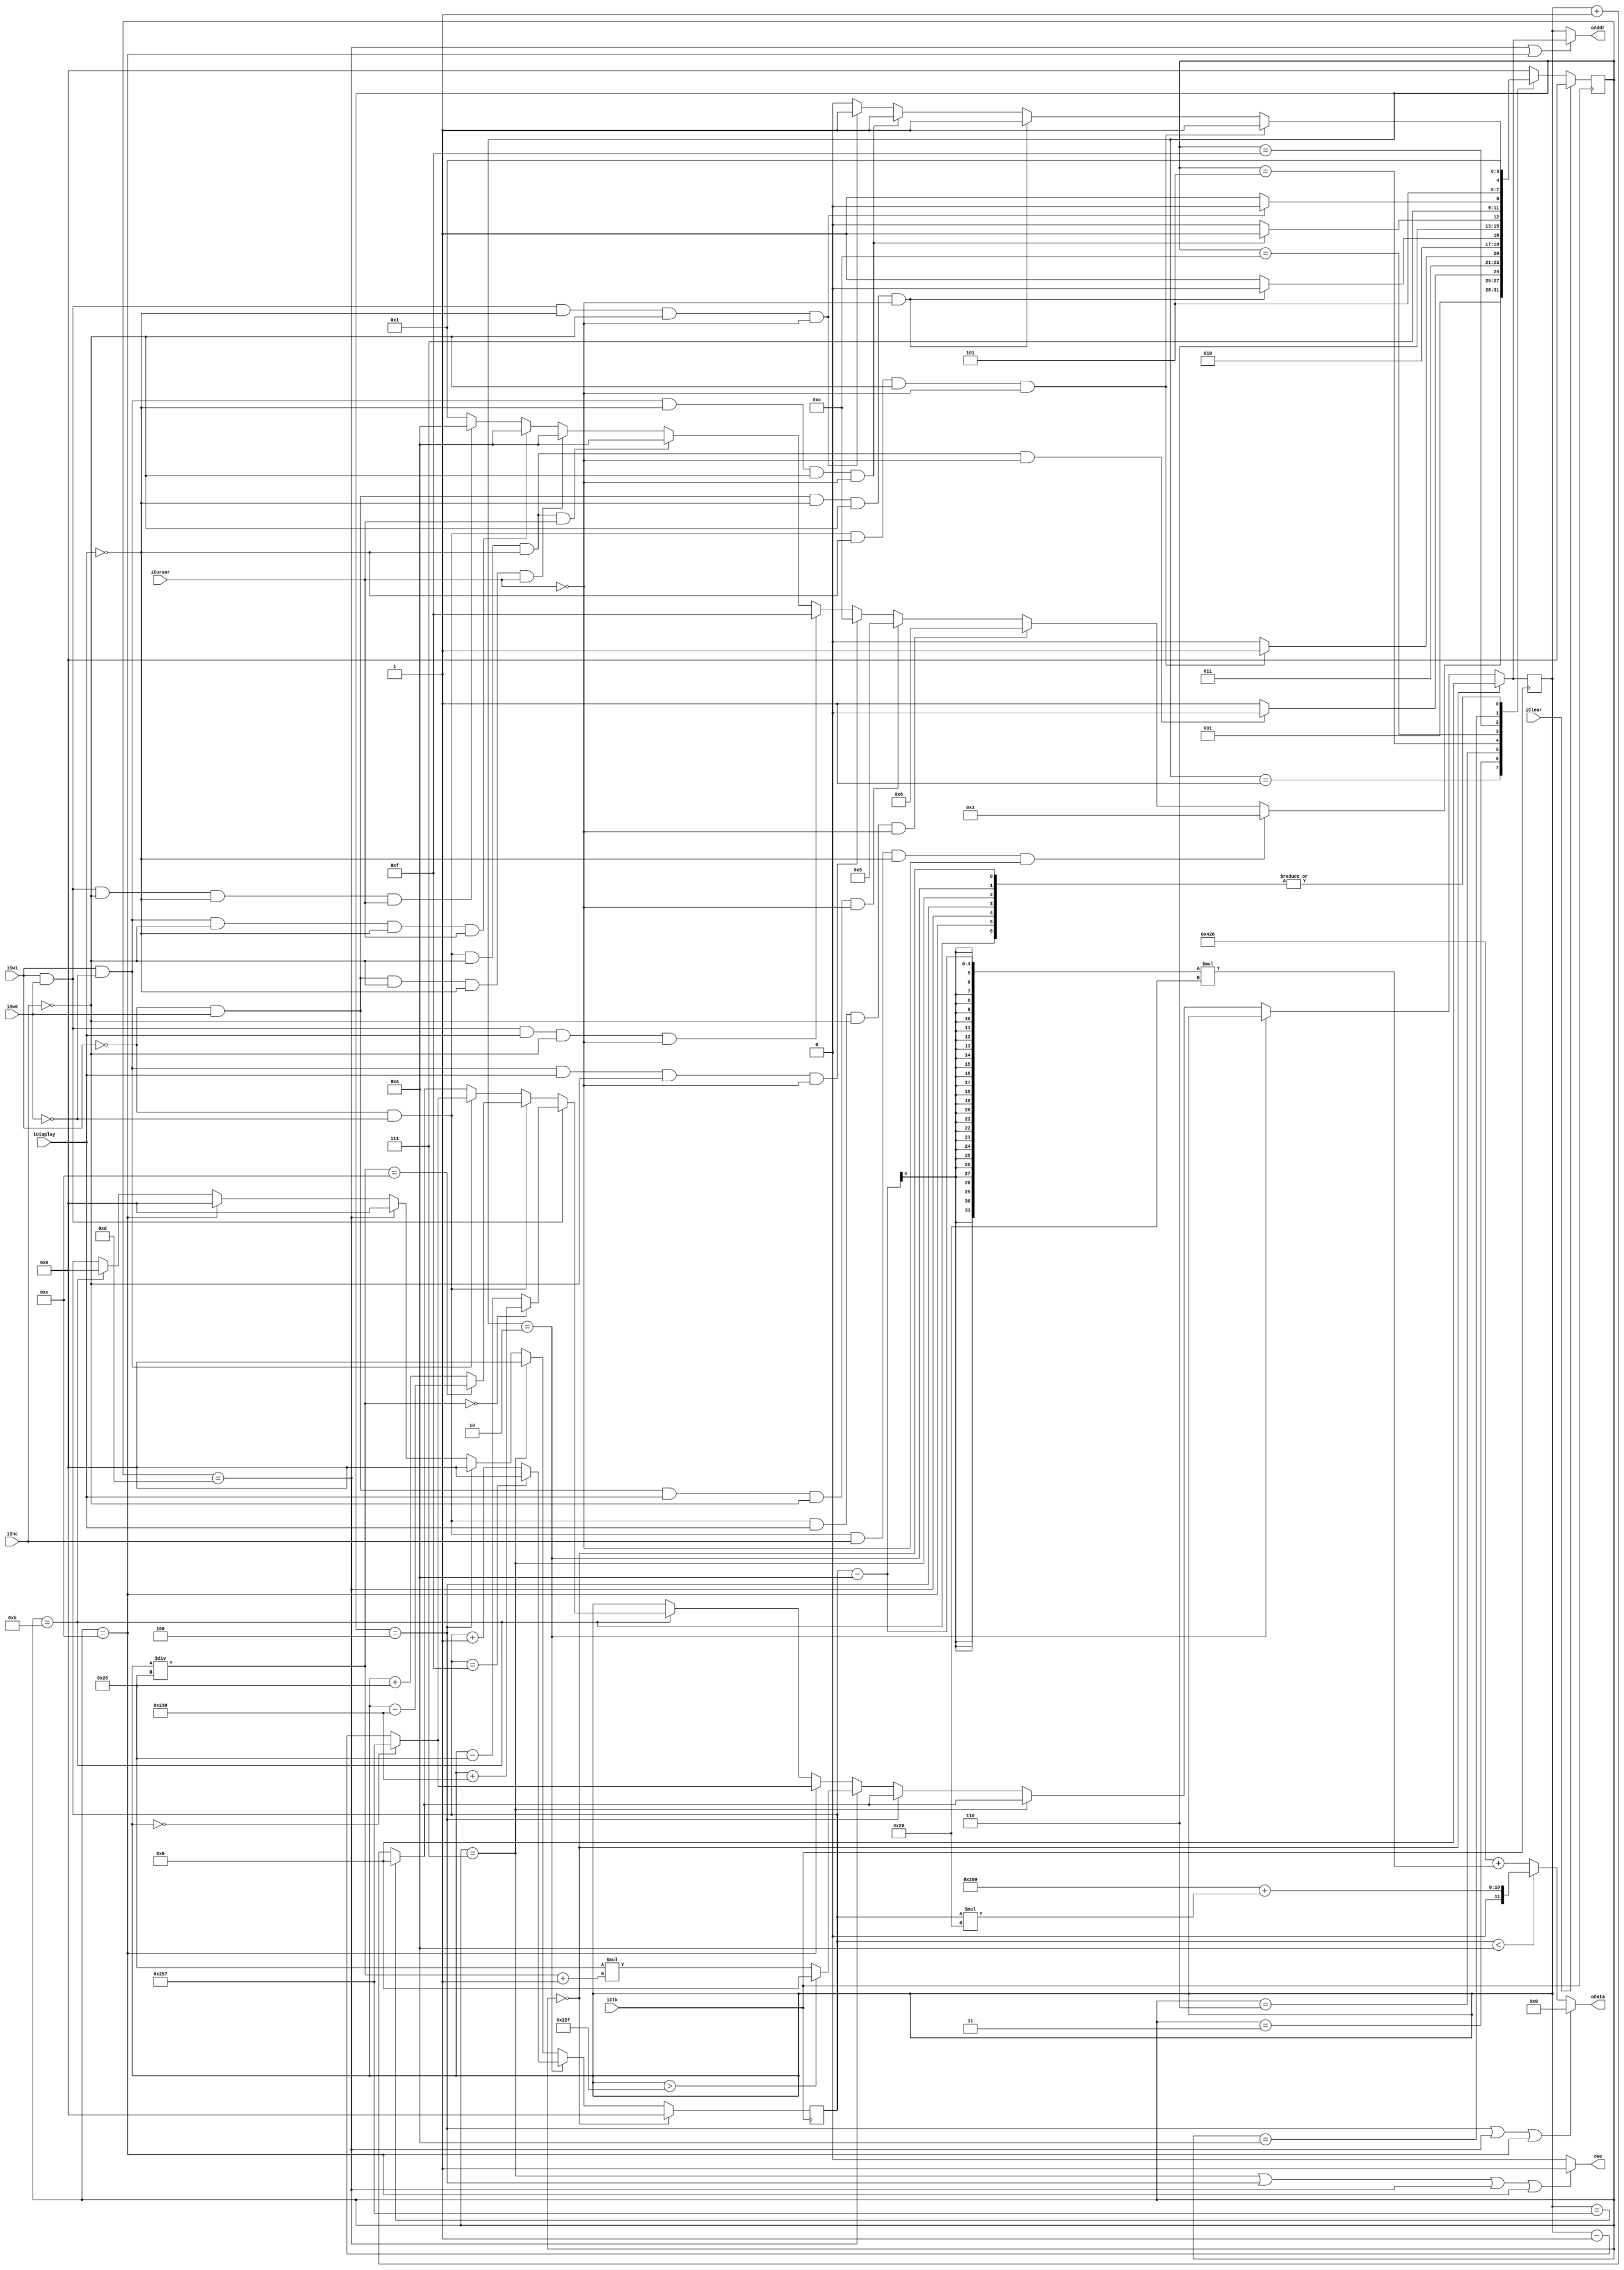
`timescale 1ns / 1ps
//////////////////////////////////////////////////////////////////////////////////
// Company: 
// Engineer: 
// 
// Design Name: 
// Module Name: number_capture_4bit
// Project Name: 
// Target Devices: 
// Tool Versions: 
// Description: 
// 
// Dependencies: 
// 
// Revision:
// Revision 0.01 - File Created
// Additional Comments:
// 
//////////////////////////////////////////////////////////////////////////////////


module number_capture_4bit(
    input  wire         iClk, iInc, iDisplay, iClear, iCursor,
    input  wire         iSw0, iSw1,
    output wire [9:0]   oAddr,
    output wire [11:0]  oData,
    output wire         oWe
    );
                                    
    reg[3:0] r_FSM_current, w_FSM_next; 
    
    //Use gray code
    localparam sClear       = 4'b0000; 
    localparam sIdle        = 4'b0001;
    localparam sPressAdd    = 4'b0011;
    localparam sAdd         = 4'b0010;
    localparam sPressDisplay= 4'b0110;
    localparam sDisplay     = 4'b0111;    
    localparam sPressSpace  = 4'b0101;
    localparam sSpace       = 4'b0100;
    localparam sPressEnter  = 4'b1100;
    localparam sEnter       = 4'b1101;
    localparam sPressDelete = 4'b1111;
    localparam sDelete      = 4'b1110;
    localparam sPressCursor = 4'b1010;  
    localparam sCursor      = 4'b1011;
    
    reg [3:0] r_Number_current, w_Number_next;      //Used to record how many times user push iInc button
    reg [9:0] r_Position_current, w_Position_next;  //Used to record where the number will be displayed
  
    // 1. State register
    //  - with synchronous reset
    always @(posedge iClk)
    begin
        if (iClear == 1)
            r_FSM_current <= sClear;
        else
            r_FSM_current <= w_FSM_next;
    end
  
    // 2. Next state logic
    //  - only defines the value of w_FSM_next
    //  - in function of inputs and r_FSM_current
    always @(*)
    begin
        case (r_FSM_current)
        sClear: w_FSM_next <= sIdle;
      
        sIdle:  if(iSw1 == 0 && iSw0 == 0 && iInc == 1 && iDisplay == 0 && iCursor == 0)
                    w_FSM_next <= sPressAdd;
                else if(iSw1 == 0 && iSw0 == 0 && iDisplay == 1 && iInc == 0 && iCursor == 0)
                    w_FSM_next <= sPressDisplay;
                else if(iSw1 == 0 && iSw0 == 1 && iDisplay == 1 && iInc == 0 && iCursor == 0)
                    w_FSM_next <= sPressSpace;
                else if(iSw1 == 1 && iSw0 == 0 && iDisplay == 1 && iInc == 0 && iCursor == 0)
                    w_FSM_next <= sPressEnter;
                else if(iSw1 == 1 && iSw0 == 1 && iDisplay == 1 && iInc == 0 && iCursor == 0)
                    w_FSM_next <= sPressDelete;
                else if(iSw1 == 0 && iSw0 == 0 && iInc == 0 && iDisplay == 0 && iCursor == 1)
                    w_FSM_next <= sPressCursor;  
                else if(iSw1 == 0 && iSw0 == 1 && iInc == 0 && iDisplay == 0 && iCursor == 1)
                    w_FSM_next <= sPressCursor;    
                else if(iSw1 == 1 && iSw0 == 0 && iInc == 0 && iDisplay == 0 && iCursor == 1)
                    w_FSM_next <= sPressCursor;
                else if(iSw1 == 1 && iSw0 == 1 && iInc == 0 && iDisplay == 0 && iCursor == 1)
                    w_FSM_next <= sPressCursor;                      
                else
                    w_FSM_next <= sIdle;
                
        sPressAdd:  if (iSw1 == 0 && iSw0 == 0 && iInc == 0 && iDisplay == 0 && iCursor == 0)
                    w_FSM_next <= sAdd;
                else
                    w_FSM_next <= sPressAdd;
                    
        sAdd:       w_FSM_next <= sIdle;
                                
        sPressDisplay:  
                if(iSw1 == 0 && iSw0 == 0 && iDisplay == 0 && iInc == 0 && iCursor == 0)
                    w_FSM_next <= sDisplay;
                else
                    w_FSM_next <= sPressDisplay; 
                    
        sDisplay:  w_FSM_next <= sIdle;
        
        
        sPressSpace:  
                if(iSw1 == 0 && iSw0 == 1 && iDisplay == 0 && iInc == 0 && iCursor == 0)
                    w_FSM_next <= sSpace;
                else
                    w_FSM_next <= sPressSpace; 
                    
        sSpace:     w_FSM_next <= sIdle;
        
        sPressEnter:  
                if(iSw1 == 1 && iSw0 == 0 && iDisplay == 0 && iInc == 0 && iCursor == 0)
                    w_FSM_next <= sEnter;
                else
                    w_FSM_next <= sPressEnter; 
                    
        sEnter:     w_FSM_next <= sIdle;
        
        sPressDelete:  
                if(iSw1 == 1 && iSw0 == 1 && iDisplay == 0 && iInc == 0 && iCursor == 0)
                    w_FSM_next <= sDelete;
                else
                    w_FSM_next <= sPressDelete; 
                    
        sDelete:    w_FSM_next <= sIdle;  
        
        sPressCursor:  
                if(iSw1 == 0 && iSw0 == 0 && iDisplay == 0 && iInc == 0 && iCursor == 0)
                    w_FSM_next <= sCursor;
                else if(iSw1 == 0 && iSw0 == 1 && iDisplay == 0 && iInc == 0 && iCursor == 0)
                    w_FSM_next <= sCursor;
                else if(iSw1 == 1 && iSw0 == 0 && iDisplay == 0 && iInc == 0 && iCursor == 0)
                    w_FSM_next <= sCursor;
                else if(iSw1 == 1 && iSw0 == 1 && iDisplay == 0 && iInc == 0 && iCursor == 0)
                    w_FSM_next <= sCursor;
                else
                    w_FSM_next <= sPressCursor; 
                    
        sCursor:    w_FSM_next <= sIdle;                         
      
        default:    w_FSM_next <= sClear;
        endcase
    end
  
    // 3. Output logic
    // 3.1 Define the register       
    always @(posedge iClk)
    begin
        r_Number_current <= w_Number_next;
        r_Position_current <= w_Position_next;
    end
    
    // 3.2 Define the value of w_Number_next & w_Position_next
    always @(*)
    begin
        //When iClear pushed, what and where to display will all reset to 0
        if (r_FSM_current == sClear)
        begin
            w_Number_next <= 0;
            w_Position_next <= 0;                                                   
        end
            
        else if (r_FSM_current == sAdd)
        begin
            w_Number_next <= (r_Number_current == 15) ? 0 : r_Number_current + 1;
            w_Position_next <= r_Position_current;
        end
            
        else if (r_FSM_current == sDisplay)
        begin
            w_Number_next <= 0;
            w_Position_next <= (r_Position_current == 599) ? 0 : r_Position_current + 1;
        end
        
        else if (r_FSM_current == sSpace)
        begin
            w_Number_next <= 0;
            w_Position_next <= (r_Position_current == 599) ? 0 : r_Position_current + 1;
        end
 
        //Output oAddr can't directly get the value of r_Position_current 
        //due to the delay of changing the value of r_Position_current when pressing Enter, Delete
        //So r_oAddr needs to be the same as w_Position_next when it's sEnter or sDelete
        else if (r_FSM_current == sEnter)
        begin
            w_Number_next <= 0;
            w_Position_next <= (r_Position_current > 559) ? 0 : 40 * (r_Position_current / 40 + 1);
        end
            
        else if (r_FSM_current == sDelete)
        begin
            w_Number_next <= 0;
            w_Position_next <= (r_Position_current == 0) ? 599 : r_Position_current - 1;
        end
        
        else if (r_FSM_current == sCursor)
        begin
            w_Number_next <= 0;
            if (iSw1 == 1 && iSw0 == 1)
                w_Position_next <= (r_Position_current/40 == 0) ? r_Position_current + 560 :r_Position_current - 40;
            else if (iSw1 == 0 && iSw0 == 0)
                w_Position_next <= (r_Position_current/40 == 14) ? r_Position_current - 560 : r_Position_current + 40;
            else if (iSw1 == 1 && iSw0 == 0)
                w_Position_next <= (r_Position_current == 0) ? 599 : r_Position_current - 1;
            else
                w_Position_next <= (r_Position_current == 599) ? 0 : r_Position_current + 1;
        end
        
        else
        begin
            w_Number_next <= r_Number_current;
            w_Position_next <= r_Position_current;
        end
    end
    
    assign oData = (r_FSM_current == sSpace || r_FSM_current == sEnter || r_FSM_current == sDelete) ? 0 : ((r_Number_current < 10) ? 512 + r_Number_current * 32 : 1056 + (r_Number_current - 10) * 32);
    assign oAddr = (r_FSM_current == sEnter || r_FSM_current == sDelete) ? w_Position_next : r_Position_current;
    assign oWe = (r_FSM_current == sDisplay || r_FSM_current == sSpace || r_FSM_current == sEnter || r_FSM_current == sDelete) ? 1 : 0; 
    
endmodule